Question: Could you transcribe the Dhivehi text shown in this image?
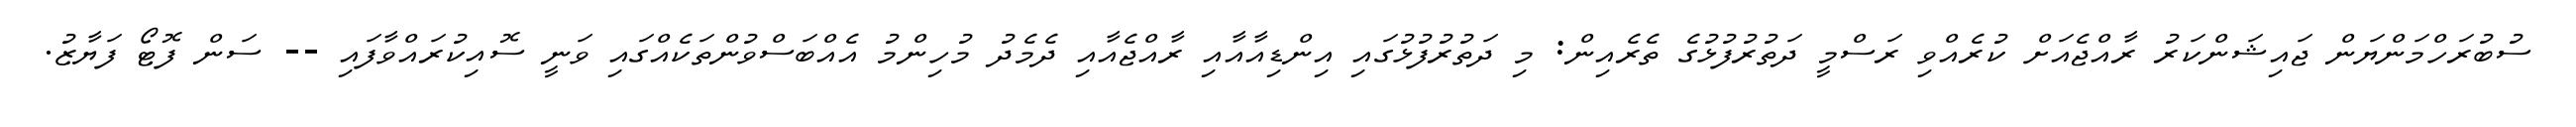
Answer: ސުބުރަހްމަންޔަން ޖައިޝަންކަރު ރާއްޖެއަށް ކުރެއްވި ރަސްމީ ދަތުރުފުޅުގެ ތެރެއިން: މި ދަތުރުފުޅުގައި އިންޑިއާއާއި ރާއްޖެއާއި ދެމެދު މުހިންމު އެއްބަސްވުންތަކެއްގައި ވަނީ ސޮއިކުރައްވާފައި -- ސަން ފޮޓޯ ފަޔާޒު.